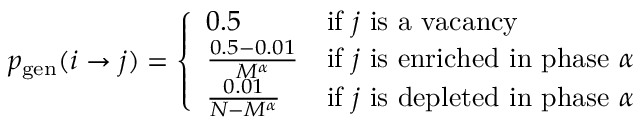
p _ { \mathrm { g e n } } ( i \rightarrow j ) = \left\{ \begin{array} { l l } { 0 . 5 } & { \mathrm { i f ~ } j \mathrm { ~ i s ~ a ~ v a c a n c y } } \\ { \frac { 0 . 5 - 0 . 0 1 } { M ^ { \alpha } } } & { \mathrm { i f ~ } j \mathrm { ~ i s ~ e n r i c h e d ~ i n ~ p h a s e ~ } \alpha } \\ { \frac { 0 . 0 1 } { N - M ^ { \alpha } } } & { \mathrm { i f ~ } j \mathrm { ~ i s ~ d e p l e t e d ~ i n ~ p h a s e ~ } \alpha } \end{array} \right.